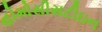
હોમોસીસટીઇન